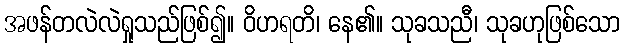
အဖန်တလဲလဲရှုသည်ဖြစ်၍။ ဝိဟရတိ၊ နေ၏။ သုခသညီ၊ သုခဟုဖြစ်သော